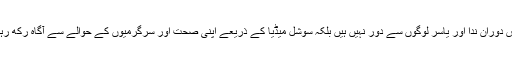
لیکن اس دوران ندا اور یاسر لوگوں سے دور نہیں ہیں بلکہ سوشل میڈیا کے ذریعے اپنی صحت اور سرگرمیوں کے حوالے سے آگاہ رکھ رہے ہیں۔